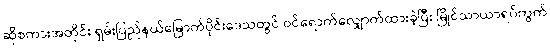
ဆိုစကားအတိုင်း ရှမ်းပြည်နယ်မြောက်ပိုင်းဒေသတွင် ဝင်ရောက်လျှောက်ထားခဲ့ပြီး မြိုင်သာယာရပ်ကွက်